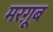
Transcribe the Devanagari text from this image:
मरग़ूूब